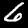
Digit: 6